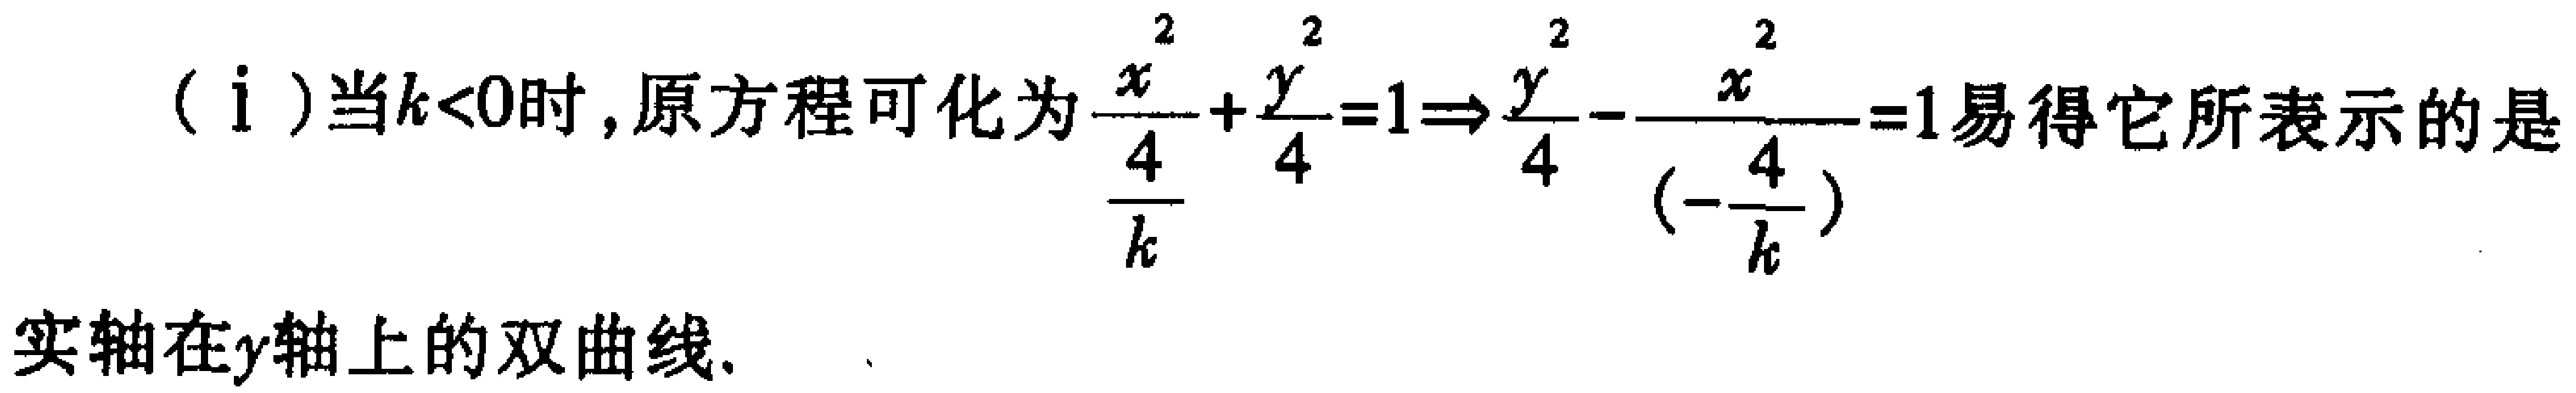
（i）当\(k<0\)时，原方程可化为\(\frac{x^{2}}{\frac{4}{k}}+\frac{y^{2}}{4}=1\Rightarrow\frac{y^{2}}{4}-\frac{x^{2}}{(-\frac{4}{k})}=1\)易得它所表示的是
实轴在\(y\)轴上的双曲线.